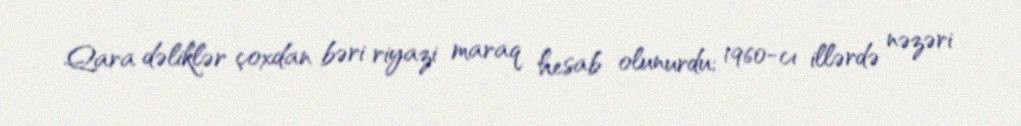
Qara dəliklər çoxdan bəri riyazi maraq hesab olunurdu; 1960-cı illərdə nəzəri